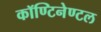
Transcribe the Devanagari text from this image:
कॉण्टिनेण्टल